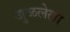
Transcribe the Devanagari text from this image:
जुळलेला